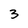
Character: 3